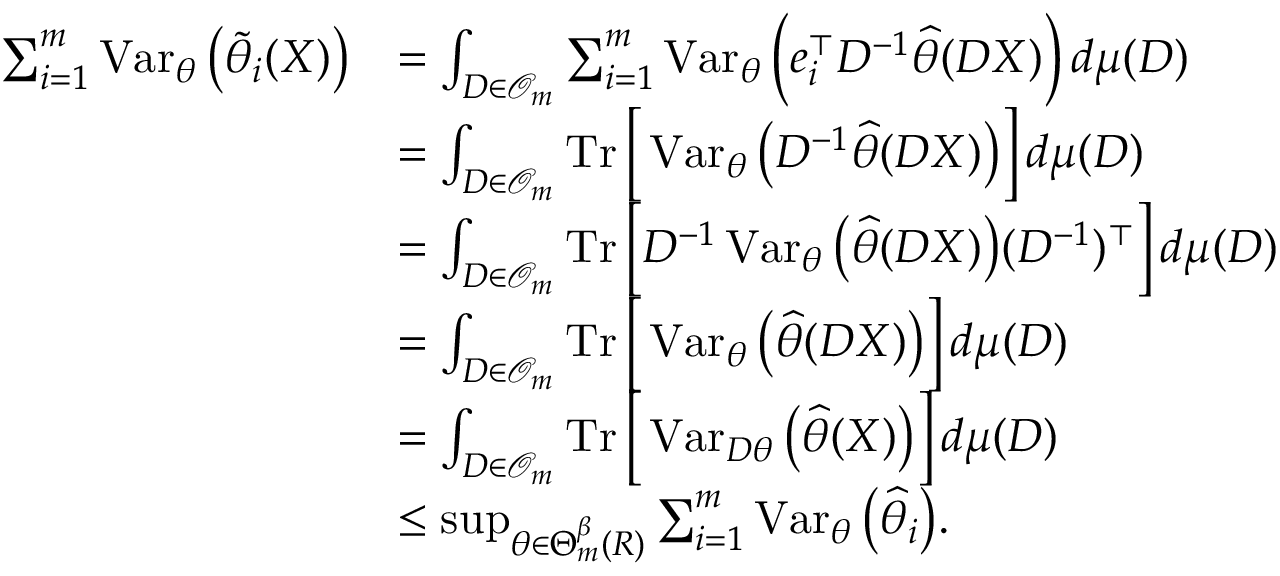
\begin{array} { r l } { \sum _ { i = 1 } ^ { m } \operatorname { V a r } _ { \theta } \big ( \widetilde \theta _ { i } ( X ) \big ) } & { = \int _ { D \in \mathcal { O } _ { m } } \sum _ { i = 1 } ^ { m } \operatorname { V a r } _ { \theta } \Big ( e _ { i } ^ { \top } D ^ { - 1 } \widehat \theta ( D X ) \Big ) \, d \mu ( D ) } \\ & { = \int _ { D \in \mathcal { O } _ { m } } \operatorname { T r } \Big [ \operatorname { V a r } _ { \theta } \big ( D ^ { - 1 } \widehat \theta ( D X ) \big ) \Big ] \, d \mu ( D ) } \\ & { = \int _ { D \in \mathcal { O } _ { m } } \operatorname { T r } \Big [ D ^ { - 1 } \operatorname { V a r } _ { \theta } \big ( \widehat \theta ( D X ) \big ) ( D ^ { - 1 } ) ^ { \top } \Big ] \, d \mu ( D ) } \\ & { = \int _ { D \in \mathcal { O } _ { m } } \operatorname { T r } \Big [ \operatorname { V a r } _ { \theta } \big ( \widehat \theta ( D X ) \big ) \Big ] \, d \mu ( D ) } \\ & { = \int _ { D \in \mathcal { O } _ { m } } \operatorname { T r } \Big [ \operatorname { V a r } _ { D \theta } \big ( \widehat \theta ( X ) \big ) \Big ] \, d \mu ( D ) } \\ & { \leq \operatorname* { s u p } _ { \theta \in \Theta _ { m } ^ { \beta } ( R ) } \sum _ { i = 1 } ^ { m } \operatorname { V a r } _ { \theta } \big ( \widehat \theta _ { i } \big ) . } \end{array}